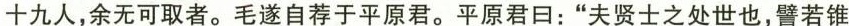
十九人，余无可取者。毛遂自荐于平原君。平原君日：”夫贤士之处世也，譬若锥